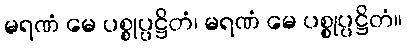
မရဏံ မေ ပစ္စုပ္ပဋ္ဌိတံ၊ မရဏံ မေ ပစ္စုပ္ပဋ္ဌိတံ။